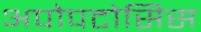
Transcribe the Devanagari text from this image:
अपोपटोसिस